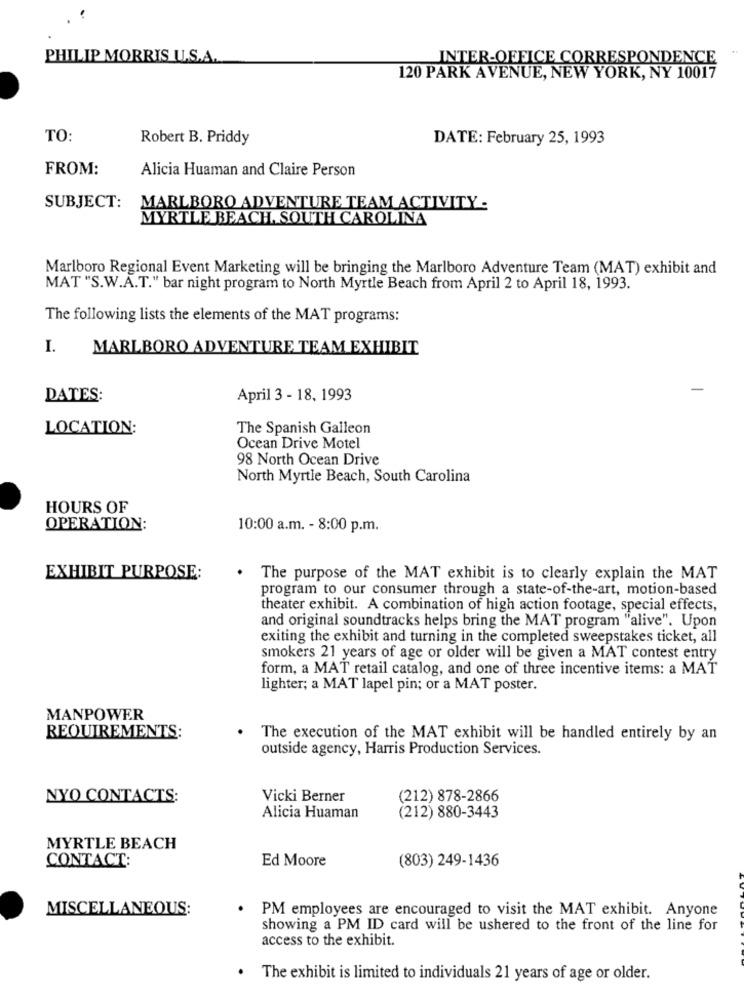
PHILIP MORRIS U.S.A.
INTER-OFFICE CORRESPONDENCE
120 PARK AVENUE, NEW YORK, NY 10017
TO:
Robert B. Priddy
DATE: February 25, 1993
FROM:
Alicia Huaman and Claire Person
SUBJECT:
MARLBORO ADVENTURE TEAM ACTIVITY -
MYRTLE BEACH, SOUTH CAROLINA
Marlboro Regional Event Marketing will be bringing the Marlboro Adventure Team (MAT) exhibit and
MAT "S.W.A.T." bar night program to North Myrtle Beach from April 2 to April 18, 1993.
The following lists the elements of the MAT programs:
MARLBORO ADVENTURE TEAM EXHIBIT
DATES:
April 3 - 18, 1993
LOCATION:
The Spanish Galleon
Ocean Drive Motel
98 North Ocean Drive
North Myrtle Beach, South Carolina
HOURS OF
OPERATION:
10:00 a.m. - 8:00 p.m.
EXHIBIT PURPOSE:
. The purpose of the MAT exhibit is to clearly explain the MAT
program to our consumer through a state-of-the-art, motion-based
theater exhibit. A combination of high action footage, special effects,
and original soundtracks helps bring the MAT program "alive". Upon
exiting the exhibit and turning in the completed sweepstakes ticket, all
smokers 21 years of age or older will be given a MAT contest entry
form, a MAT retail catalog, and one of three incentive items: a MAT
lighter; a MAT lapel pin; or a MAT poster.
MANPOWER
REQUIREMENTS:
The execution of the MAT exhibit will be handled entirely by an
outside agency, Harris Production Services.
NYO CONTACTS:
Vicki Berner
(212) 878-2866
Alicia Huaman
(212) 880-3443
MYRTLE BEACH
CONTACT:
Ed Moore
(803) 249-1436
MISCELLANEOUS:
PM employees are encouraged to visit the MAT exhibit. Anyone
showing a PM ID card will be ushered to the front of the line for
access to the exhibit.
.
The exhibit is limited to individuals 21 years of age or older.